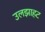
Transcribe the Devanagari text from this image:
उलझाहट